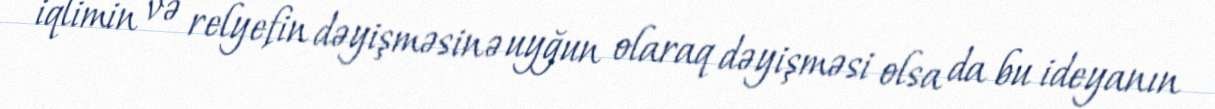
iqlimin və relyefin dəyişməsinə uyğun olaraq dəyişməsi olsa da bu ideyanın